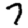
Digit: 7